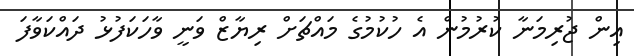
އިން ޖުރިމަނާ ކުރުމުން އެ ހުކުމުގެ މައްޗަށް ރިޔާޒް ވަނީ ވާހަކަފުޅު ދައްކަވާފަ